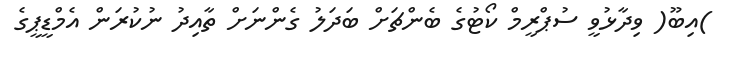
)އިބޫ( ވިދާޅުވީ ސުޕްރީމް ކޯޓުގެ ބެންޗަށް ބަދަލު ގެންނަށް ތާއިދު ނުކުރަން އެމްޑީޕީގެ